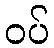
ဝပ်